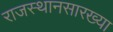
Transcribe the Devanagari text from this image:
राजस्थानसारख्या